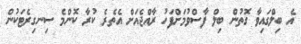
އެ ބިލްގައިވާ ގޮތުން ބިލް ފާސްވުމަށްފަހު ރާއްޖެއަށް އެތެރެ ކުރާ ކޮންމެ ސިނގިރެޓަކުން